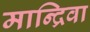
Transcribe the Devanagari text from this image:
मान्द्रिवा